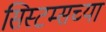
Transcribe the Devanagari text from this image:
सिस्टम्सच्या